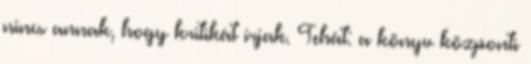
nincs annak, hogy kritikát írjak. Tehát: a könyv központi